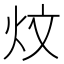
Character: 炆